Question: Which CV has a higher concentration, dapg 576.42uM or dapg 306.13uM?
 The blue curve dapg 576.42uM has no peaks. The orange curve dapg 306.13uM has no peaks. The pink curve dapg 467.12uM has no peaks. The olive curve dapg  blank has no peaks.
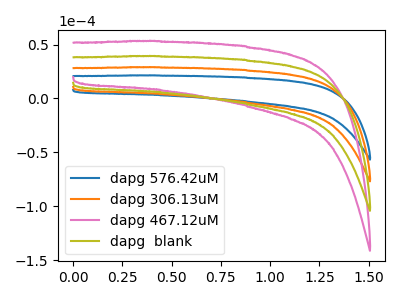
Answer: <think>Neither "dapg 576.42uM" or "dapg 306.13uM" have any peaks.
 </think>
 <answer>I cant tell if "dapg 576.42uM" or "dapg 306.13uM" has higher concentration.</answer>
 <eval>mixed_concentration</eval>